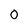
Character: 0